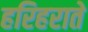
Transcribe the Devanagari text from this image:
हरिहराते